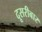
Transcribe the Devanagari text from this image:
दूसरीबार